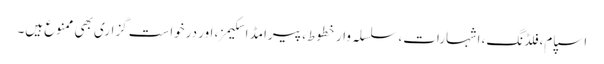
اسپام، فلڈنگ، اشہارات، سلسلہ وار خطوط، پیرامڈ اسکیمز، اور درخواست گزاری بھی ممنوع ہیں۔